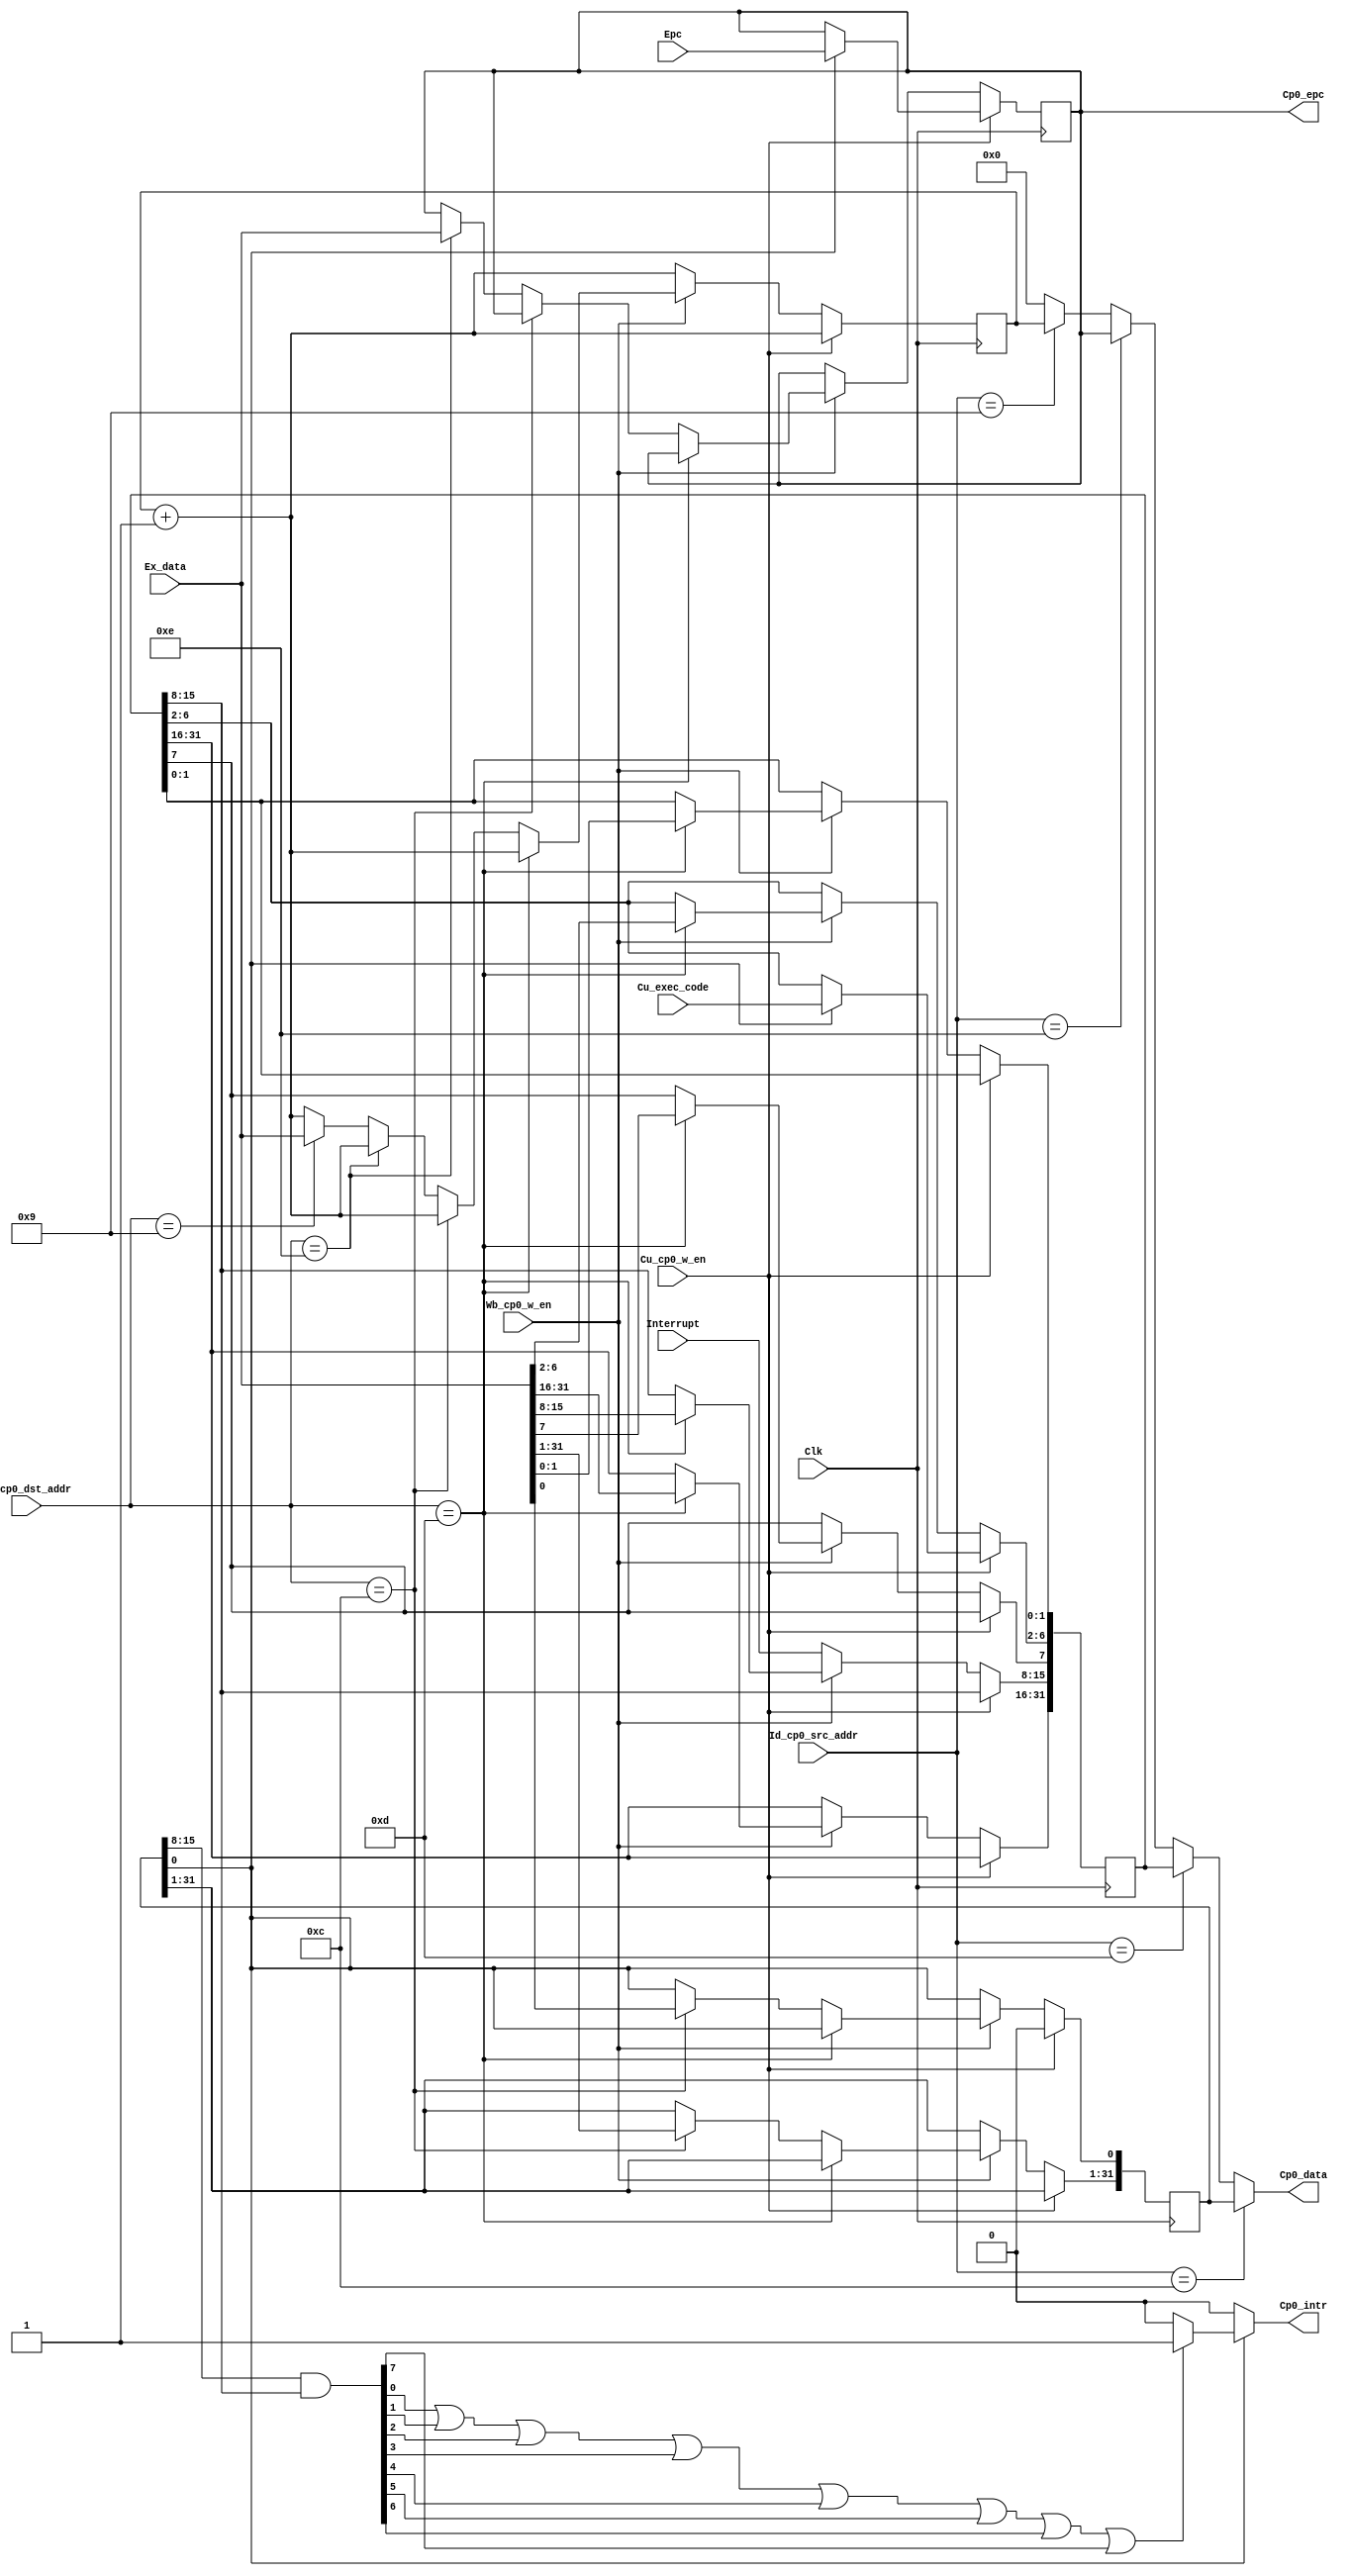
`timescale 1ns / 1ps
//////////////////////////////////////////////////////////////////////////////////
// Company:NJU_CS_COD_2015 
// 
// Design Name: cp0(coprocessor 0)
// Module Name: cp0
// Project Name: pipeline cpu 
// Target Devices: xc7a100tcsg324-1 
// Tool Versions: 0.0
// Description: simple coprocessor to deal with interrupts and system call 
// 
// Dependencies: none
// 
// Revision:
// Revision 0.01 - File Created
// Additional Comments:
// if an interrupts or an exception ended, cu getted eret signal should
// generate a signal to cp0, tells cp0 to cancer interrupt mask
// modified by Yaoyang Zhou, 9:30, 2015.12.24
//
// respond: This is not a problem as mfc0 will issue before eret and complete at the
// same time modified by Yueqi Chen , 9:54 , 2015.12.27
//////////////////////////////////////////////////////////////////////////////////


module cp0
(
	input Wb_cp0_w_en,
	input Cu_cp0_w_en,
	input [31:0] Epc,
	input [4:0] Id_cp0_src_addr,
	input [4:0] Wb_cp0_dst_addr,
	input [31:0] Ex_data,
	input [4:0] Cu_exec_code,
	input [7:0] Interrupt,
	input Clk,
	output [31:0] Cp0_data,
	output reg [31:0] Cp0_epc,
	output Cp0_intr
);
    	reg [31:0] cp0_data_reg;
	reg cp0_intr;
	reg [31:0] status;
	reg [31:0] cause;
	reg [31:0] count;
	reg [7:0] interrupt_detect;
	integer i;

	initial begin
		status = 32'hff01;
		cause = 32'h0;
		Cp0_epc = 32'h0;
		count = 32'h0;
		interrupt_detect = 8'h0;
		i = 0;
	end
	always @(*) 
	begin
		if(status[0] == 1'b1)				//snoop interrupt
        	begin
			interrupt_detect[7:0] = status[15:8] & cause[15:8];
			i = (interrupt_detect[0] | interrupt_detect[1] | interrupt_detect[2] | interrupt_detect[3] | interrupt_detect[4] | interrupt_detect[5] | interrupt_detect[6] | interrupt_detect[7]);
			if(i == 1)				// if there is a interrupt and interrupt is allowed
				cp0_intr = 1'b1;		// generate interrupt signal
			else
				cp0_intr = 1'b0;
		end
		else						// if interrupted is not allowed
				cp0_intr = 1'b0;
		if(Id_cp0_src_addr == 12)			//MFC0
			cp0_data_reg = status;
		else if(Id_cp0_src_addr == 13)
			cp0_data_reg = cause;
		else if(Id_cp0_src_addr == 14)
			cp0_data_reg = Cp0_epc;
		else if(Id_cp0_src_addr == 9)
			cp0_data_reg = count;
		else
			cp0_data_reg = 32'd0;
	end
	
	always@(negedge Clk)
	begin
		count <= count + 1;
		if(Cu_cp0_w_en == 1'b1)			//system call
		begin
			if(status[0] == 1'b1)
			begin
				cause[6:2] <= Cu_exec_code;	//fill the exec code
				status[0] <= 1'b0;		//mask interrupt
				Cp0_epc <= Epc;			//fill the epc
			end
		end
		else 
		begin
			if(Wb_cp0_w_en == 1'b1) 	// MTC0
			begin  
				if(Wb_cp0_dst_addr == 13)   	//cause ,assume that prio(mtc0) >prio(intr)
					cause <= Ex_data;
				else if(Wb_cp0_dst_addr == 12)	//status
					status <= Ex_data;
				else if(Wb_cp0_dst_addr == 14)	//epc
					Cp0_epc <= Ex_data;
				else if(Wb_cp0_dst_addr == 9)	//count
					count <= Ex_data;
			end
            		else
				cause[15:8] <= Interrupt;	// interrupt cause
		end
	end

	assign Cp0_data = cp0_data_reg;
	assign Cp0_intr = cp0_intr;

endmodule